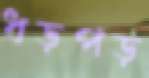
ধড়পড়